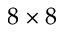
8 \times 8